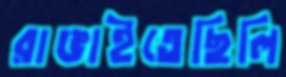
রাঙাইতেছিলি